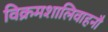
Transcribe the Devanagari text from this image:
विक्रमशालिवाहनौ